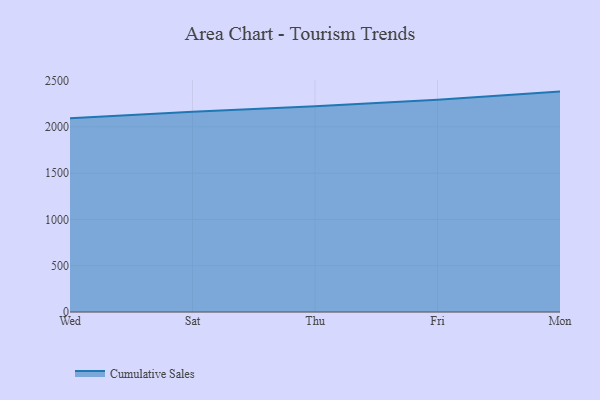
{"axis": {"x": "Day", "y": "Page Views"}, "legend": ["Cumulative Sales"], "data": [{"x": "Wed", "y": 2093.8, "type": "Cumulative Sales"}, {"x": "Sat", "y": 2164.5, "type": "Cumulative Sales"}, {"x": "Thu", "y": 2221.9, "type": "Cumulative Sales"}, {"x": "Fri", "y": 2291.8, "type": "Cumulative Sales"}, {"x": "Mon", "y": 2381.0, "type": "Cumulative Sales"}]}